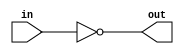
// Exercise 2-1-3: Inverter
module Invert (
    input in,
    output out
);
    assign out = ~in;
endmodule